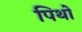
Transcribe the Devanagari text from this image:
पिथों